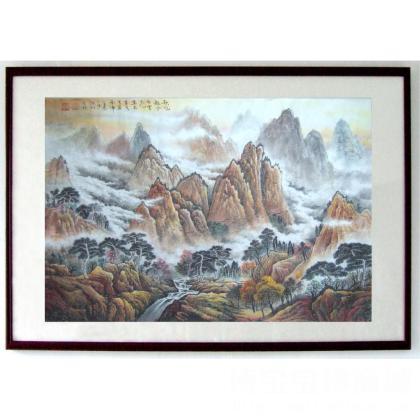
秋风起兮白云飞，草木黄落兮雁南归。